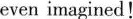
even imagined!